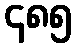
၄၈၅